Vaccination in Bombay 1856-1862 - 1856-1862
Year: 1856
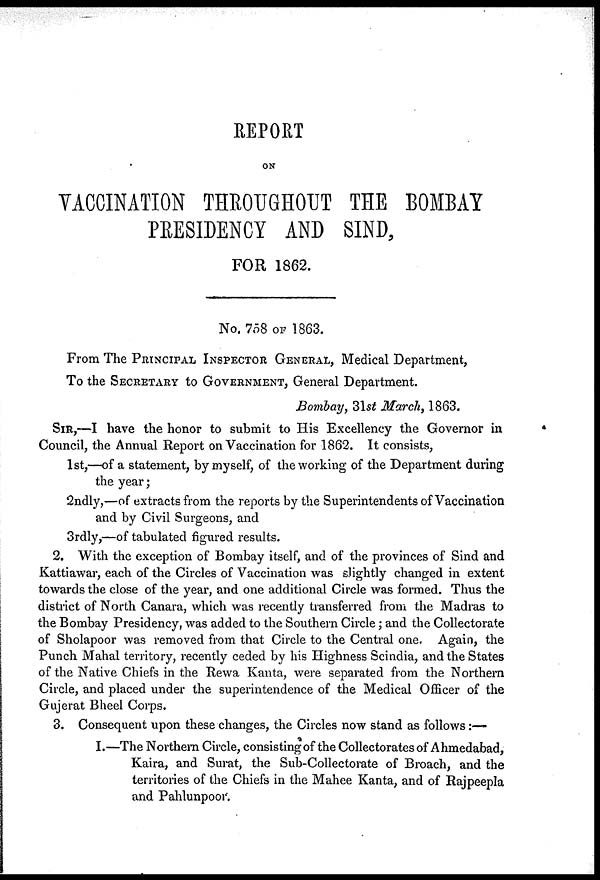
REPORT
ON
VACCINATION THROUGHOUT THE BOMBAY
PRESIDENCY AND SIND,
FOR 1862.
No. 758 OF 1863.
From The PRINCIPAL INSPECTOR GENERAL, Medical Department,
To the SECRETARY to GOVERNMENT, General Department.
Bombay, 31st March, 1863.
SIR,—I have the honor to submit to His Excellency the Governor in
Council, the Annual Report on Vaccination for 1862. It consists,
1st,—of a statement, by myself, of the working of the Department during
the year;
2ndly,—of extracts from the reports by the Superintendents of Vaccination
and by Civil Surgeons, and
3rdly,—of tabulated figured results.
2. With the exception of Bombay itself, and of the provinces of Sind and
Kattiawar, each of the Circles of Vaccination was slightly changed in extent
towards the close of the year, and one additional Circle was formed. Thus the
district of North Canara, which was recently transferred from the Madras to
the Bombay Presidency, was added to the Southern Circle; and the Collectorate
of Sholapoor was removed from that Circle to the Central one. Again, the
Punch Mahal territory, recently ceded by his Highness Scindia, and the States
of the Native Chiefs in the Rewa Kanta, were separated from the Northern
Circle, and placed under the superintendence of the Medical Officer of the
Gujerat Bheel Corps.
3. Consequent upon these changes, the Circles now stand as follows :—
I.—The Northern Circle, consisting of the Collectorates of Ahmedabad,
Kaira, and Surat, the Sub-Collectorate of Broach, and the
territories of the Chiefs in the Mahee Kanta, and of Rajpeepla
and Pahlunpoor.